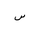
Letter: _sin